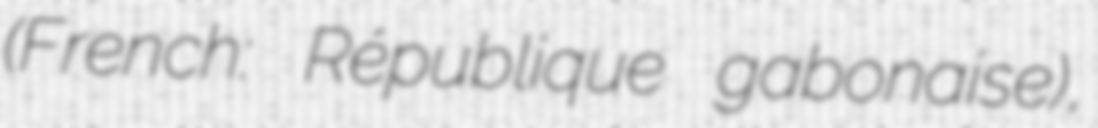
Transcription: (French: République gabonaise),